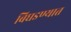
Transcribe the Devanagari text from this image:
बिघडण्यात